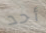
أحد